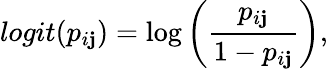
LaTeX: logit(p_{i\mathbf{j}})=\log\left(\frac{{p_{i\mathbf{j}}}}{{1-p_{i\mathbf{j}}}}\right),